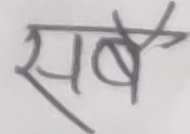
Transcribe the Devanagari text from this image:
सबै